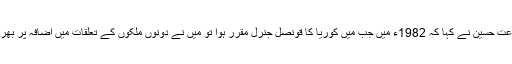
چودھری شجاعت حسین نے کہا کہ 1982ء میں جب میں کوریا کا قونصل جنرل مقرر ہوا تو میں نے دونوں ملکوں کے تعلقات میں اضافہ پر بھرپور توجہ دی۔